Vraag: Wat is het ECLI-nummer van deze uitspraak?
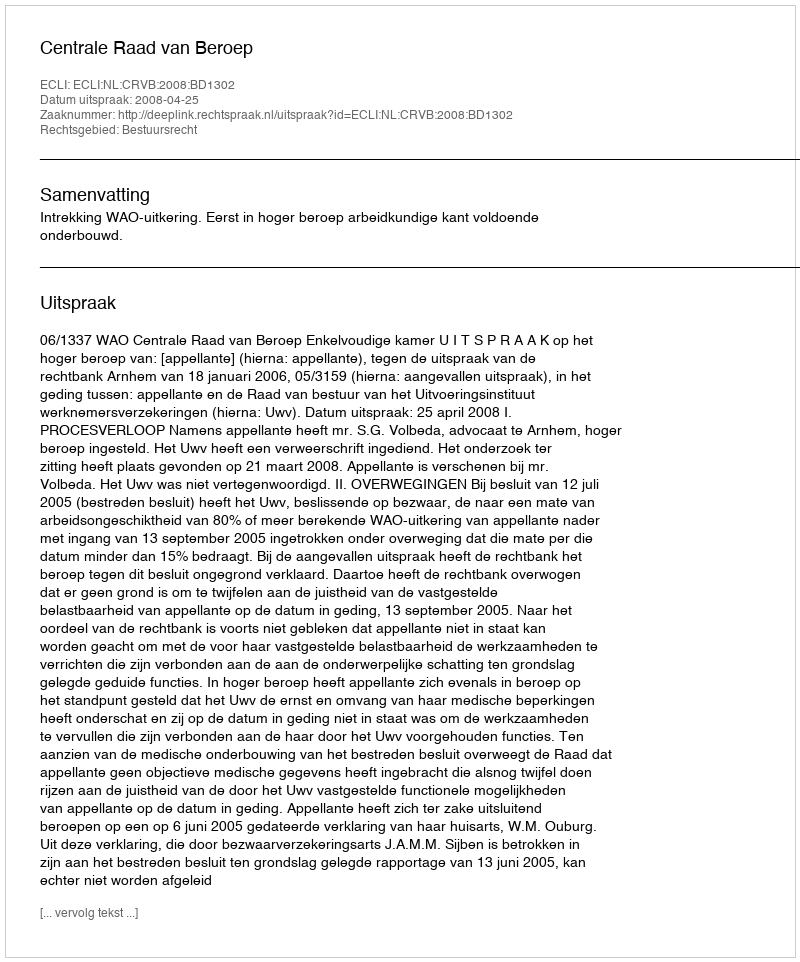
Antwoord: ECLI:NL:CRVB:2008:BD1302